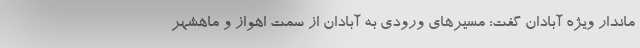
ماندار ویژه آبادان گفت: مسیرهای ورودی به آبادان از سمت اهواز و ماهشهر